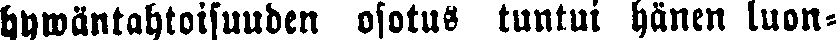
hywäntahtoisuuden osotus tuntui hänen luon-